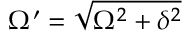
\Omega ^ { \prime } = \sqrt { \Omega ^ { 2 } + \delta ^ { 2 } }